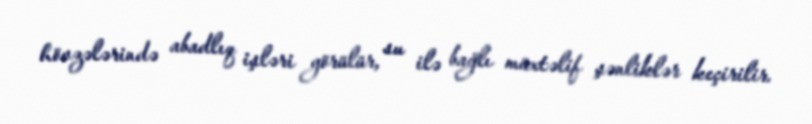
hövzələrində abadlıq işləri görülür, su ilə bağlı müxtəlif şənliklər keçirilir.